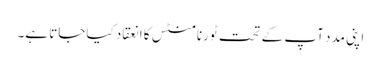
اپنی مدد آپ کے تحت ٹورنامنٹس کا انعقاد کیاجاتا ہے۔